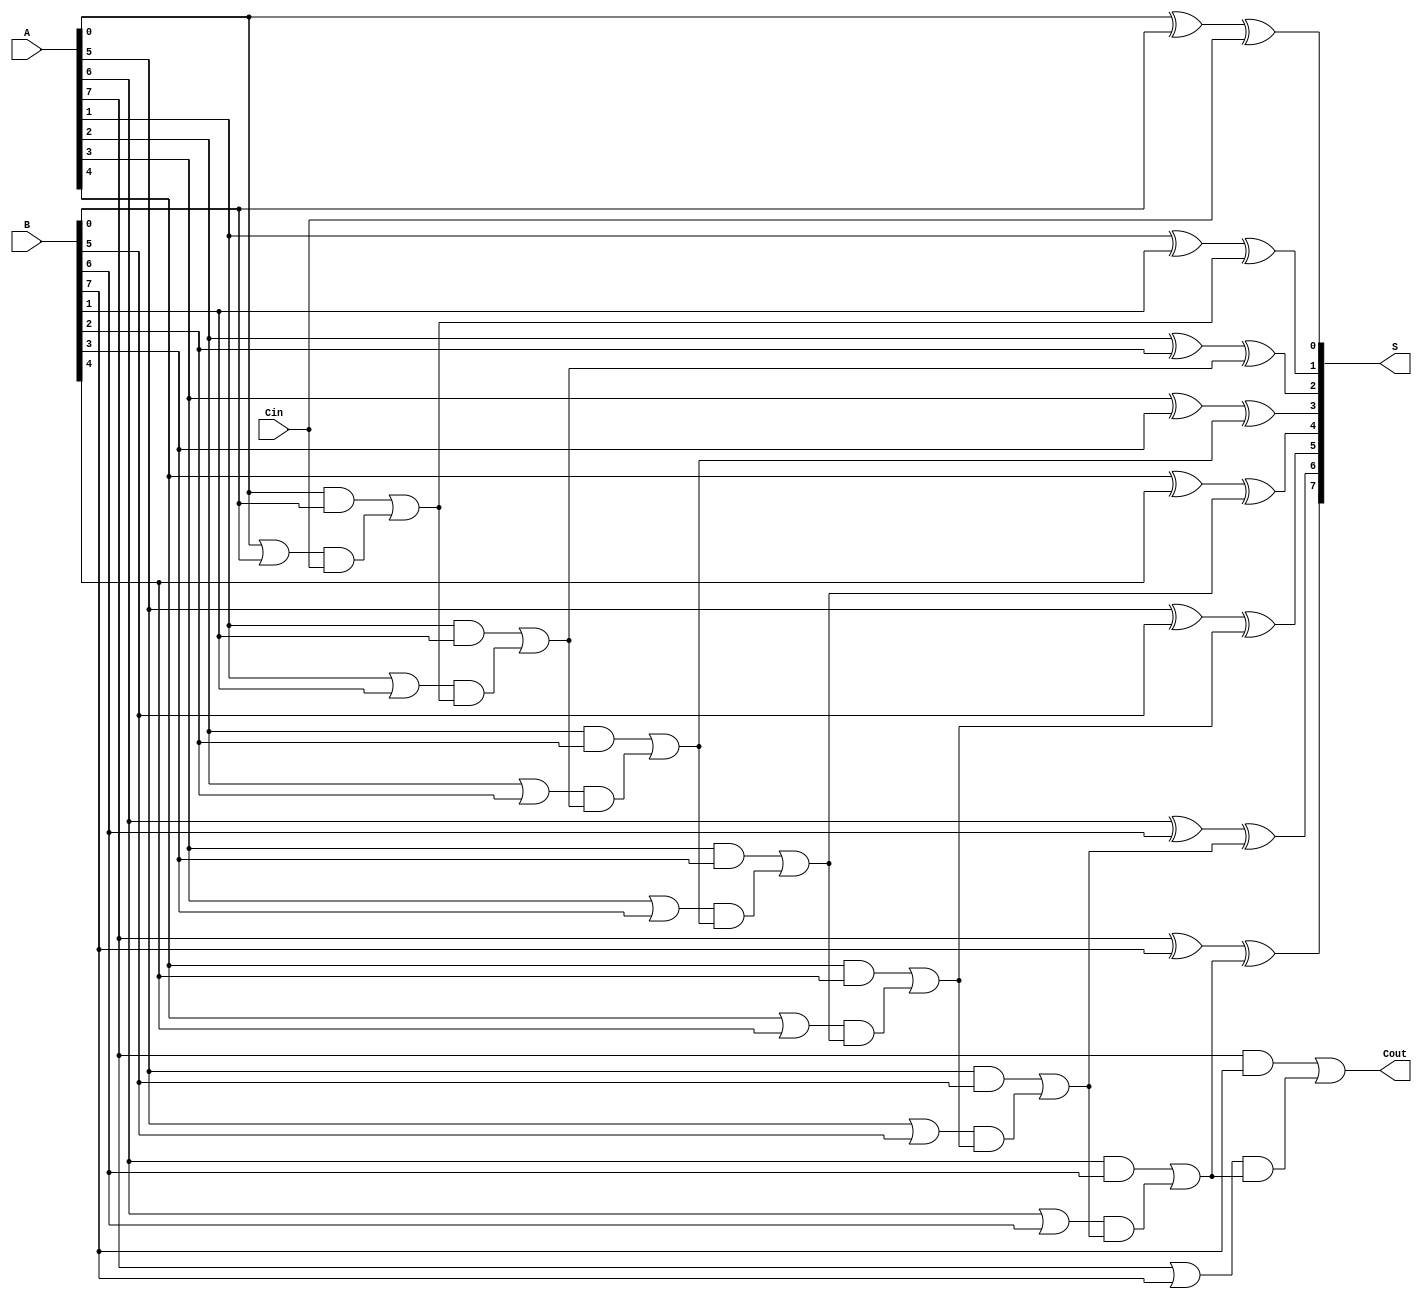
module variable_latency_claa #(parameter N = 8) (
    input  wire [N-1:0] A,      // First operand
    input  wire [N-1:0] B,      // Second operand
    input  wire        Cin,      // Carry in
    output wire [N-1:0] S,       // Sum output
    output wire        Cout       // Carry out
);

    wire [N-1:0] G;             // Generate signals
    wire [N-1:0] P;             // Propagate signals
    wire [N:0] C;               // Carry signals (C[0] = Cin)

    // Generate and Propagate logic
    genvar i;
    generate
        for (i = 0; i < N; i = i + 1) begin : generate_propagate
            assign G[i] = A[i] & B[i];
            assign P[i] = A[i] | B[i];
        end
    endgenerate

    // Carry signal calculations
    assign C[0] = Cin;
    
    // Calculate carries based on levels
    generate
        for (i = 0; i < N; i = i + 1) begin : carry_calc
            assign C[i + 1] = G[i] | (P[i] & C[i]);
        end
    endgenerate

    // Sum calculation
    generate
        for (i = 0; i < N; i = i + 1) begin : sum_calc
            assign S[i] = A[i] ^ B[i] ^ C[i];
        end
    endgenerate

    // Final carry-out
    assign Cout = C[N];

endmodule